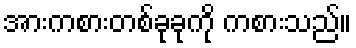
အားကစားတစ်ခုခုကို ကစားသည်။